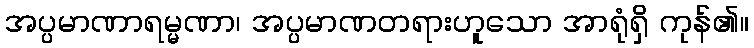
အပ္ပမာဏာရမ္မဏာ၊ အပ္ပမာဏတရားဟူသော အာရုံရှိ ကုန်၏။